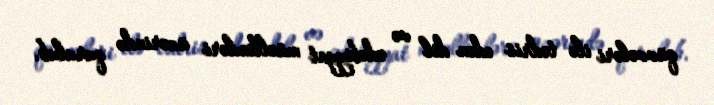
qüvvələri ilə tədris edən dil və ədəbiyyat müəllimləri üzərində qurulub.